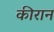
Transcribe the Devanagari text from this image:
कीरान